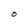
Character: O